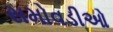
સમોવડીઓ